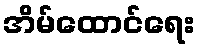
အိမ်ထောင်ရေး